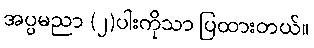
အပ္ပမညာ (၂)ပါးကိုသာ ပြထားတယ်။